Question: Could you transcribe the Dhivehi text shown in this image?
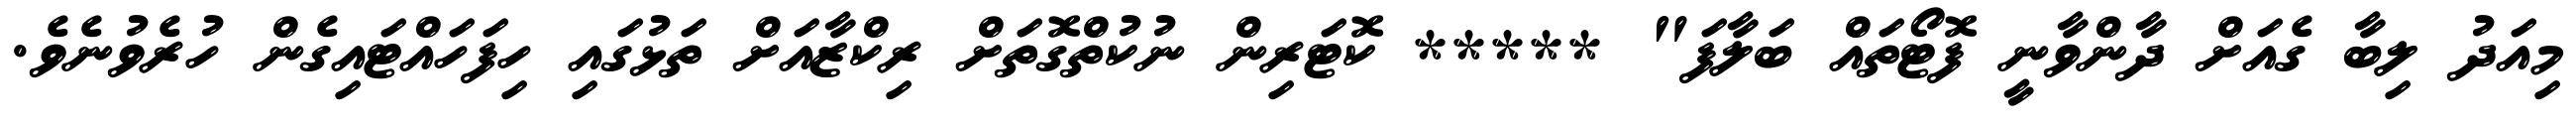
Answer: މިއަދު ލިބާ ގެއަށް ދާންވާނީ ފޮޓޯތައް ބަލާފަ" ***** ކޮޓަރިން ނުކުތްގޮތަށް ރިކްޒާއަށް ތަޅުގައި ހިފަހައްޓައިގެން ހުރެވުނެވެ.